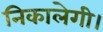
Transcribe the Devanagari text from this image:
निकालेगी।